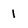
Character: 1